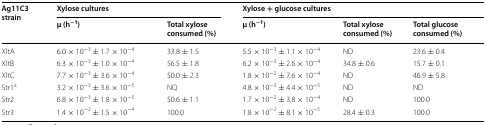
| <ROWSPAN=2> Ag11C3 strain | <COLSPAN=2> Xylose cultures | <COLSPAN=3> Xylose + glucose cultures |
 | μ (h−1) | Total xylose consumed (%) | μ (h−1) | Total xylose consumed (%) | Total glucose consumed (%) |
 | --- | --- | --- | --- | --- | --- |
 | XltA | 6.0 × 10−3 ± 1.7 × 10−4 | 33.8 ± 1.5 | 5.5 × 10−3 ± 1.1 × 10−4 | ND | 23.6 ± 0.4 |
 | XltB | 6.3 × 10−3 ± 1.0 × 10−4 | 56.5 ± 1.8 | 6.2 × 10−3 ± 2.6 × 10−4 | 34.8 ± 0.6 | 15.7 ± 0.1 |
 | XltC | 7.7 × 10−3 ± 3.6 × 10−4 | 50.0 ± 2.3 | 1.8 × 10−2 ± 7.6 × 10−4 | ND | 46.9 ± 5.8 |
 | Str1a | 3.2 × 10−3 ± 3.6 × 10−5 | NQ | 4.8 × 10−3 ± 4.4 × 10−5 | ND | ND |
 | Str2 | 6.8 × 10−3 ± 1.8 × 10−5 | 50.6 ± 1.1 | 1.7 × 10−2 ± 3.8 × 10−4 | ND | 100.0 |
 | Str3 | 1.4 × 10−2 ± 1.5 × 10−4 | 100.0 | 1.8 × 10−2 ± 8.1 × 10−5 | 28.4 ± 0.3 | 100.0 |